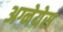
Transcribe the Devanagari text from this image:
अग्नेयेस